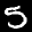
Label: 5